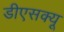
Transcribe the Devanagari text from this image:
डीएसक्यू